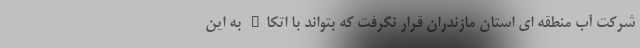
شرکت آب منطقه ای استان مازندران قرار نگرفت که بتواند با اتکاء به این